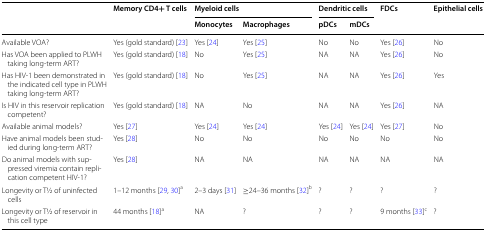
| <ROWSPAN=2>  | <ROWSPAN=2> Memory CD4+ T cells | <COLSPAN=2> Myeloid cells | <COLSPAN=2> Dendritic cells | <ROWSPAN=2> FDCs | <ROWSPAN=2> Epithelial cells |
 | Monocytes | Macrophages | pDCs | mDCs |
 | --- | --- | --- | --- | --- | --- | --- | --- |
 | Available VOA? | Yes (gold standard) [23] | Yes [24] | Yes [25] | No | No | Yes [26] | No |
 | Has VOA been applied to PLWH taking long-term ART? | Yes (gold standard) [18] | No | Yes [25] | NA | NA | Yes [26] | No |
 | Has HIV-1 been demonstrated in the indicated cell type in PLWH taking long-term ART? | Yes (gold standard) [18] | No | Yes [25] | NA | NA | Yes [26] | Yes |
 | Is HIV in this reservoir replication competent? | Yes (gold standard) [18] | NA | No | NA | NA | Yes [26] | NA |
 | Available animal models? | Yes [27] | Yes [24] | Yes [24] | Yes [24] | Yes [24] | Yes [27] | No |
 | Have animal models been studied during long-term ART? | Yes [28] | No | No | No | No | No | No |
 | Do animal models with suppressed viremia contain replication competent HIV-1? | Yes [28] | NA | NA | NA | NA | NA | NA |
 | Longevity or T1⁄2 of uninfected cells | 1–12 months [29, 30]a | 2–3 days [31] | ≥24–36 months [32]b | ? | ? | ? | ? |
 | Longevity or T1⁄2 of reservoir in this cell type | 44 months [18]a | NA | ? | ? | ? | 9 months [33]c | ? |